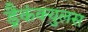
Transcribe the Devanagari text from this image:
ड्रैकंक्युलस